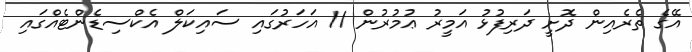
އޭގެ ތެރެއިން ދޮށީ ދަރިފުޅު އަމީރު ޢުމުރުން 11 އަހަރުގައި ސައިކަލް އެކްސިޑެންޓެއްގައި